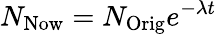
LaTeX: N_{\mathrm{Now}}=N_{\mathrm{Orig}}e^{-\lambda t}